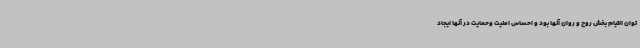
توان التیام بخش روح و روان آنها بود و احساس امنیت وحمایت در آنها ایجاد